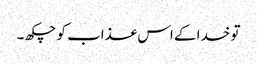
تو خدا کے اس عذاب کو چکھ ۔